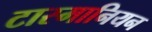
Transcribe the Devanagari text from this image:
टास्मानियन